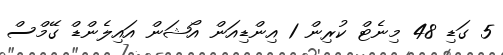
5 ގަޑި 48 މިނެޓް ކުރިން 1 އިންޑިއަން އޯޝަން އައިލެންޑް ގޭމްސް